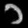
Digit: ၁